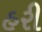
હરી